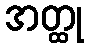
အတ္ထု